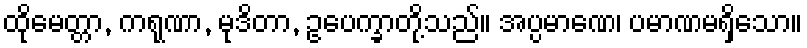
ထိုမေတ္တာ, ကရုဏာ, မုဒိတာ, ဥပေက္ခာတို့သည်။ အပ္ပမာဏေ၊ ပမာဏမရှိသော။